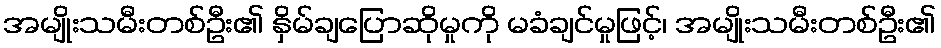
အမျိုးသမီးတစ်ဦး၏ နှိမ်ချပြောဆိုမှုကို မခံချင်မှုဖြင့်၊ အမျိုးသမီးတစ်ဦး၏